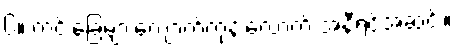
၆။ ကင်းခြေများကျောက်ကုန်းလောက် အနီရင့်အဆင်း။